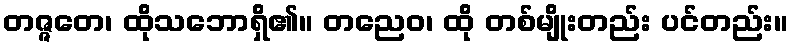
တဇ္ဇတေ၊ ထိုသဘောရှိ၏။ တညေဝ၊ ထို တစ်မျိုးတည်း ပင်တည်း။